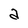
Character: a